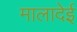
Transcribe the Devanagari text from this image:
मालादेई